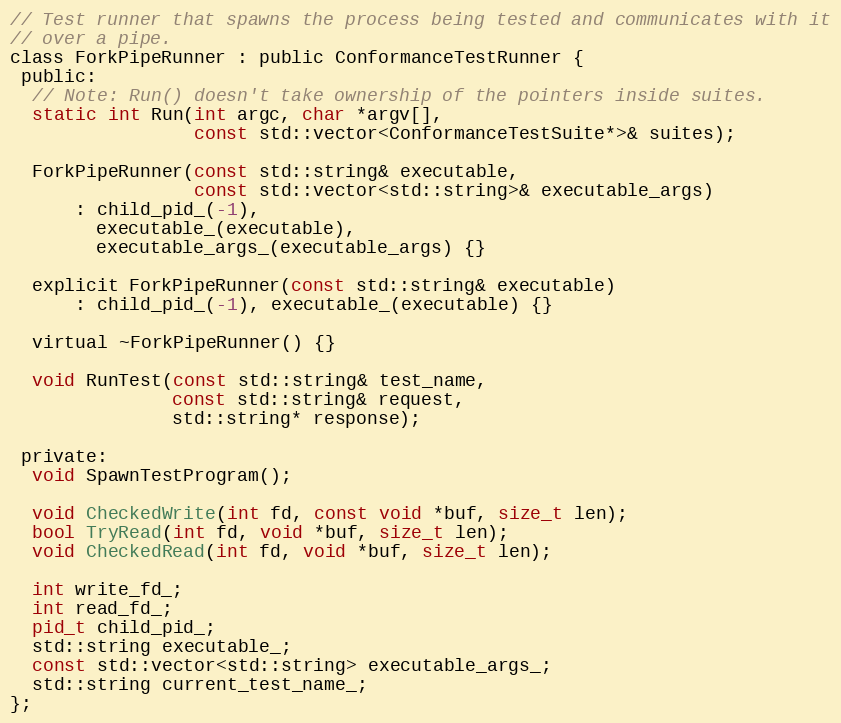
Language: C
// Test runner that spawns the process being tested and communicates with it
// over a pipe.
class ForkPipeRunner : public ConformanceTestRunner {
 public:
  // Note: Run() doesn't take ownership of the pointers inside suites.
  static int Run(int argc, char *argv[],
                 const std::vector<ConformanceTestSuite*>& suites);

  ForkPipeRunner(const std::string& executable,
                 const std::vector<std::string>& executable_args)
      : child_pid_(-1),
        executable_(executable),
        executable_args_(executable_args) {}

  explicit ForkPipeRunner(const std::string& executable)
      : child_pid_(-1), executable_(executable) {}

  virtual ~ForkPipeRunner() {}

  void RunTest(const std::string& test_name,
               const std::string& request,
               std::string* response);

 private:
  void SpawnTestProgram();

  void CheckedWrite(int fd, const void *buf, size_t len);
  bool TryRead(int fd, void *buf, size_t len);
  void CheckedRead(int fd, void *buf, size_t len);

  int write_fd_;
  int read_fd_;
  pid_t child_pid_;
  std::string executable_;
  const std::vector<std::string> executable_args_;
  std::string current_test_name_;
};